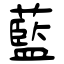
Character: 藍